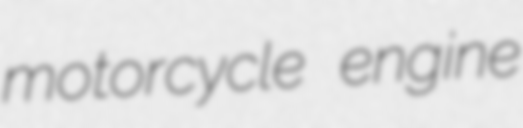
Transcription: motorcycle engine